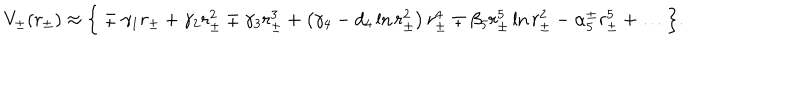
V _ { \pm } ( r _ { \pm } ) \approx \Big \{ \mp \gamma _ { 1 } r _ { \pm } + \gamma _ { 2 } r _ { \pm } ^ { 2 } \mp \gamma _ { 3 } r _ { \pm } ^ { 3 } + \left( \gamma _ { 4 } - d _ { 4 } \ln { r _ { \pm } ^ { 2 } } \right) r _ { \pm } ^ { 4 } \mp \beta _ { 5 } r _ { \pm } ^ { 5 } \ln { r _ { \pm } ^ { 2 } } - \alpha _ { 5 } ^ { \pm } r _ { \pm } ^ { 5 } + \dots \Big \} .